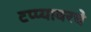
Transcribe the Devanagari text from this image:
टप्प्यावरचे